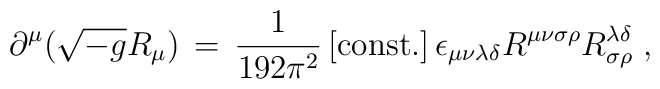
\partial^\mu (\sqrt{-g}R_{\mu})\,=\,\frac{1}{192\pi^2}\left[\mbox{const.}\right] \epsilon_{\mu\nu\lambda\delta} R^{\mu\nu\sigma\rho}R^{\lambda\delta}_{\sigma\rho} \; ,